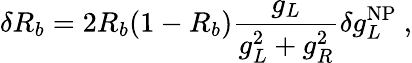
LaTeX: \delta R_{b}=2R_{b}(1-R_{b})\frac{g_{L}}{g_{L}^{2}+g_{R}^{2}}\delta g_{L}^{\mathrm{NP}}~,